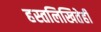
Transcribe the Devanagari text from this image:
हस्तलिखितेही